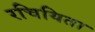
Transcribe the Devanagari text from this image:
रचियिता